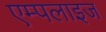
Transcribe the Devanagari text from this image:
एम्पलाइज